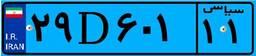
۲۹D۶۰۱۱۱